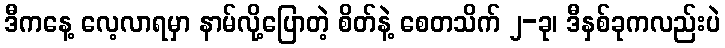
ဒီကနေ့ လေ့လာရမှာ နာမ်လို့ပြောတဲ့ စိတ်နဲ့ စေတသိက် ၂-ခု၊ ဒီနှစ်ခုကလည်းပဲ